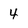
Character: 4